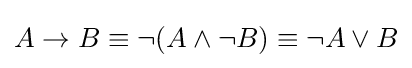
A\to B\equiv \neg (A\land \neg B)\equiv \neg A\lor B